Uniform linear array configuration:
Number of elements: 4
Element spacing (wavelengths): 0.25
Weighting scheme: exponential
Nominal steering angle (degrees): -30
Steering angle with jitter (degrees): -28.053
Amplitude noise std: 0.05
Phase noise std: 0.05

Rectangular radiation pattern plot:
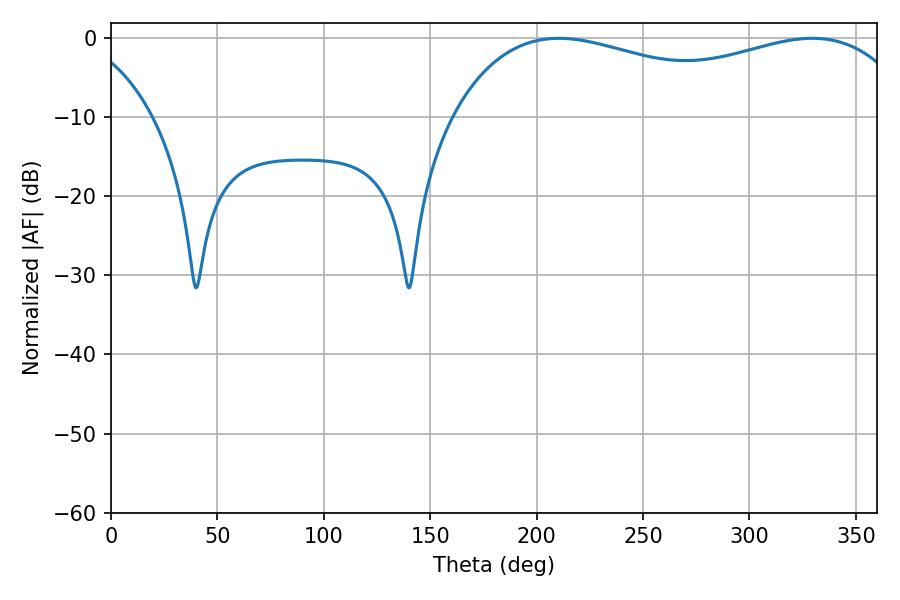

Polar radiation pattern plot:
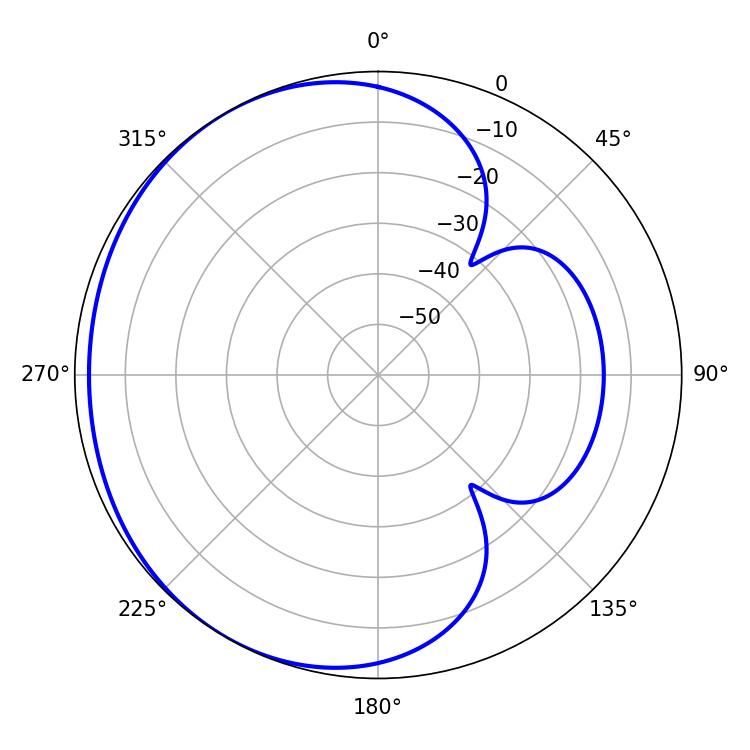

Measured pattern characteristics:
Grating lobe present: FALSE
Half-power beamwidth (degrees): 179.28
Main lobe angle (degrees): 210.42